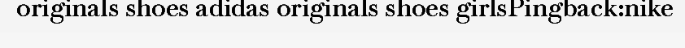
originals shoes adidas originals shoes girlsPingback:nike